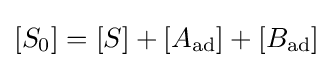
[S_{0}]=[S]+[A_{\text{ad}}]+[B_{\text{ad}}]